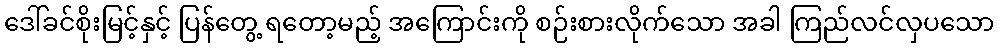
ဒေါ်ခင်စိုးမြင့်နှင့် ပြန်တွေ့ ရတော့မည့် အကြောင်းကို စဉ်းစားလိုက်သော အခါ ကြည်လင်လှပသော